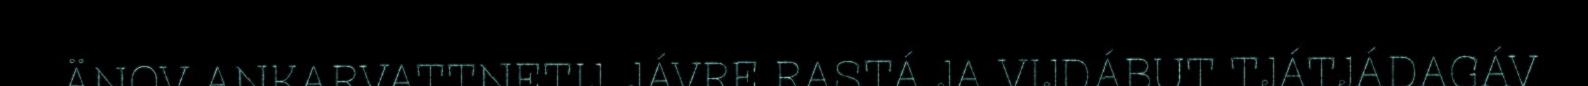
ÄNOV ANKARVATTNETIJ, JÁVRE RASTÁ JA VIJDÁBUT TJÁTJÁDAGÁV